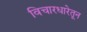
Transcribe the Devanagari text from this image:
विचारधारेतून